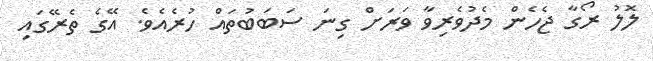
ލޮލު ރޯގާ ޖެހެން މެދުވެރިވާ ވަރަށް ގިނަ ސަބަބުތައް ހުރެއެވެ. އޭގެ ތެރޭގައި